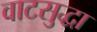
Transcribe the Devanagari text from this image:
वाटसुद्धा